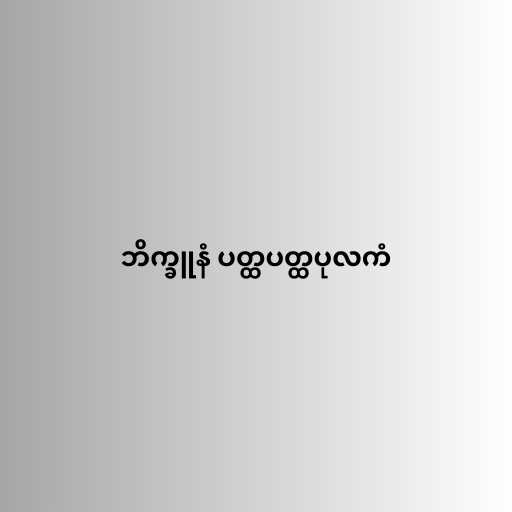
ဘိက္ခူနံ ပတ္ထပတ္ထပုလကံ